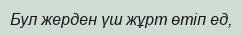
Бул жерден үш жұрт өтіп ед,